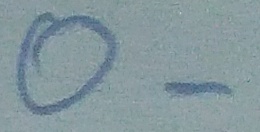
Text: O-